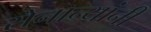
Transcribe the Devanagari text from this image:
सेनान्यांनी